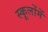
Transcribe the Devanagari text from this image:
स्कूलोंमें